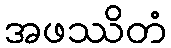
အဖဿိတံ